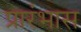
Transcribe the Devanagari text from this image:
प्रारंभास